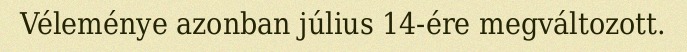
Véleménye azonban július 14-ére megváltozott.